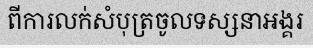
ពីការលក់សំបុត្រចូលទស្សនាអង្គរ